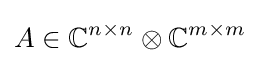
A\in \mathbb {C} ^{n\times n}\otimes \mathbb {C} ^{m\times m}